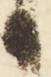
日